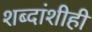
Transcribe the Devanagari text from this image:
शब्दांशीही